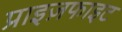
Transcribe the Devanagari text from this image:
प्राइज़फाइट